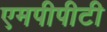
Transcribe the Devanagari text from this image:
एमपीपीटी